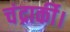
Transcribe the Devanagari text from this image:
चंद्रार्की।